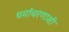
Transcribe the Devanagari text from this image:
धर्माचरणाशी